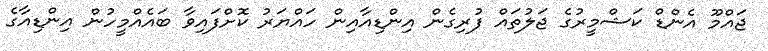
ޖައްމޫ އެންޑް ކަޝްމީރުގެ ޖަލުތައް ފުރިގެން އިންޑިއާއިން ހައްޔަރު ކޮށްފައިވާ ބައެއްމީހުން އިންޑިއާގެ